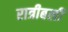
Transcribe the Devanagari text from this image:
रात्रीबली